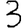
Digit: 3